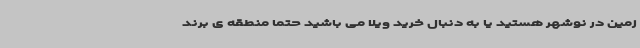
زمین در نوشهر هستید یا به دنبال خرید ویلا می باشید حتماً منطقه ی برند